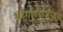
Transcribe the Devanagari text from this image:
भोगलराजपुरम